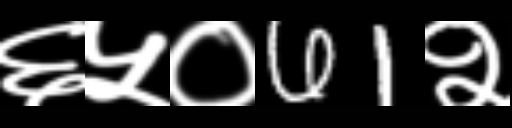
Text: ६५०61२